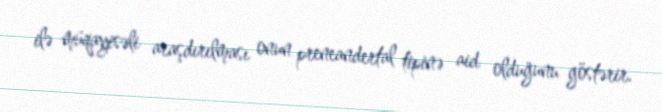
ilə müqayisəli araşdırılması onun preneandertal tipinə aid olduğunu göstərir.